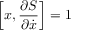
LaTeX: \left[ x , { \frac { \partial S } { \partial { \dot { x } } } } \right] = 1